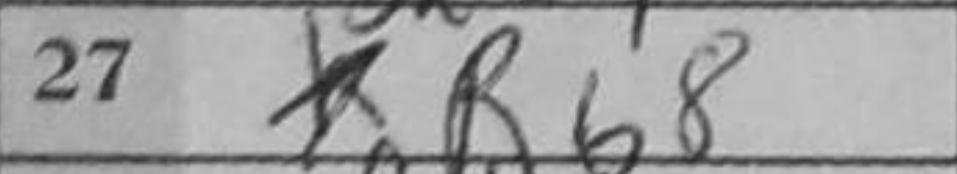
Transcription: Rb8